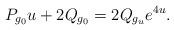
LaTeX: \begin{align*}P_{g_{0}}u+2Q_{g_0}=2Q_{g_{u}}e^{4u}.\end{align*}